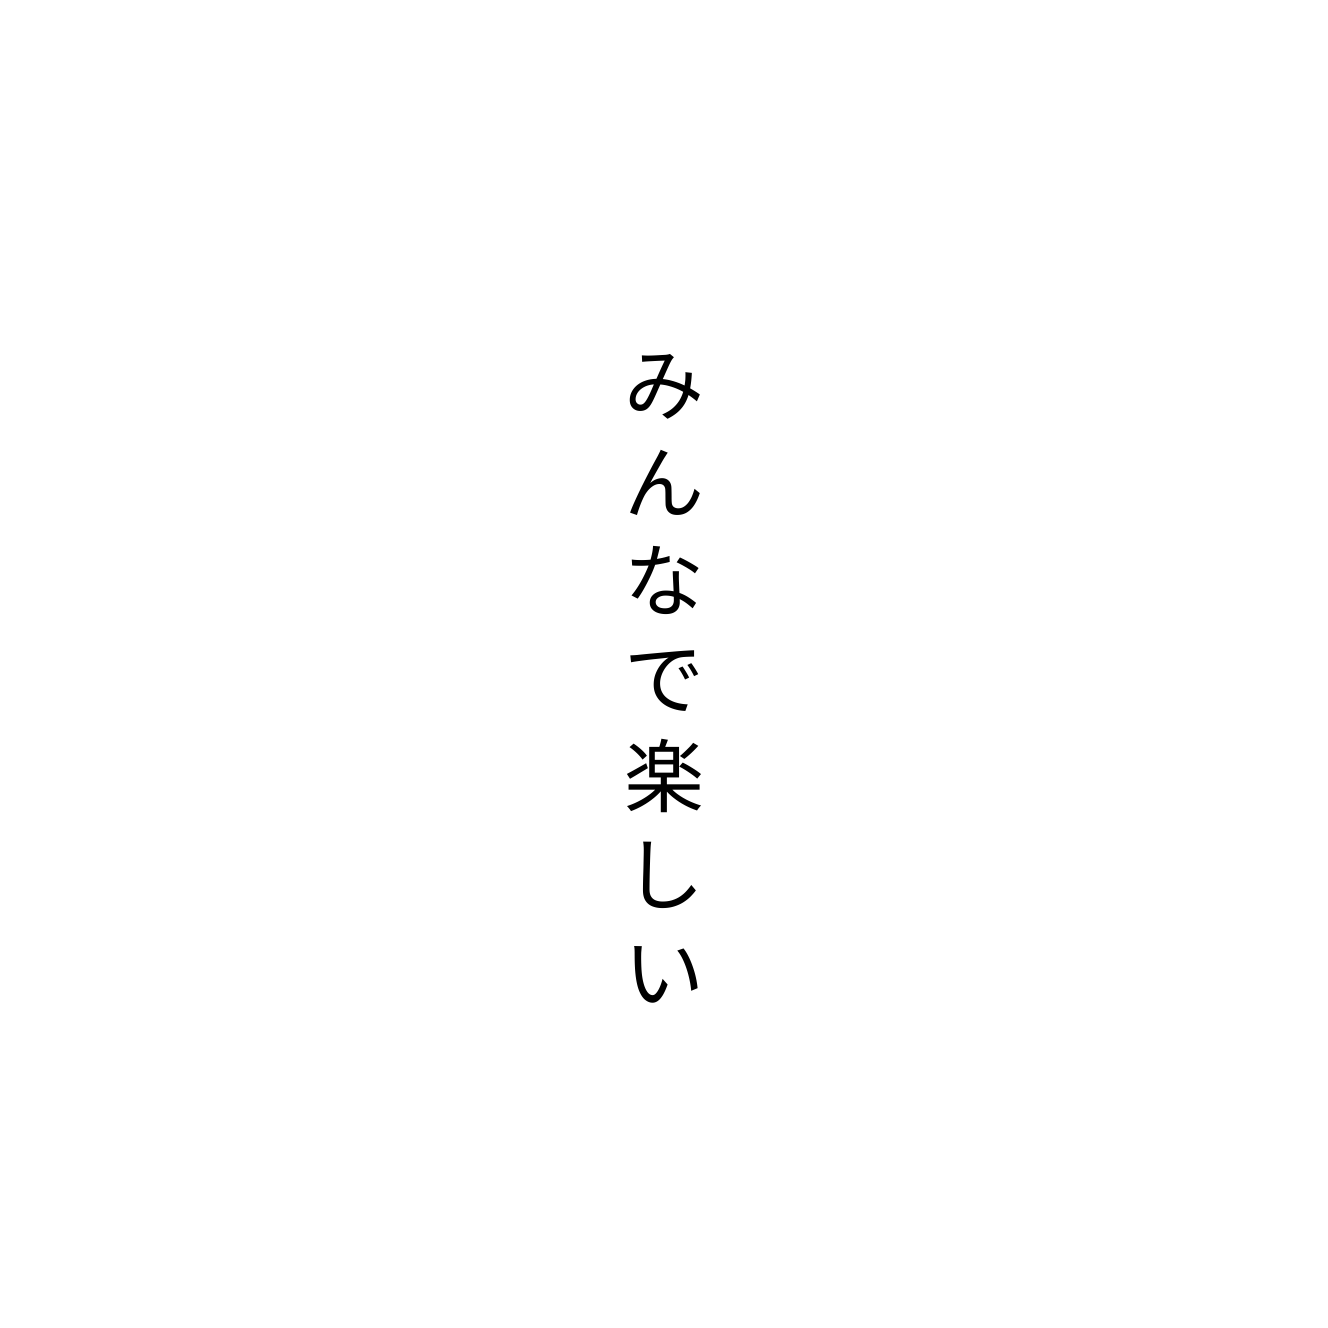
みんなで楽しい